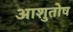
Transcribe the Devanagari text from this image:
अाशुतोष